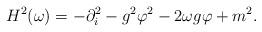
LaTeX: \begin{align*}H^2(\omega)=-\partial_i^2-g^2\varphi^2-2\omega g\varphi +m^2.\end{align*}